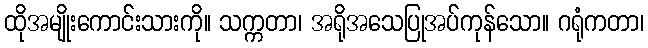
ထိုအမျိုးကောင်းသားကို။ သက္ကတာ၊ အရိုအသေပြုအပ်ကုန်သော။ ဂရုံကတာ၊